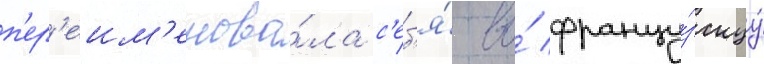
п'ер'еим'енова́ла с'еб'я́ во́ францу́зскуу